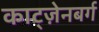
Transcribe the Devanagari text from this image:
काट्ज़ेनबर्ग